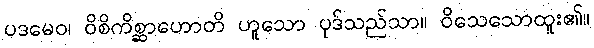
ပဒမေဝ၊ ဝိစိကိစ္ဆာဟောတိ ဟူသော ပုဒ်သည်သာ။ ဝိသေသောထူး၏။